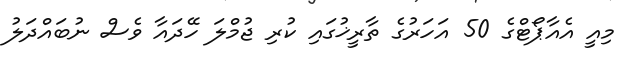
މިއީ އެއާޕޯޓްގެ 50 އަހަރުގެ ތާރީޚުގައި ކުރި ޖުމްލަ ހޭދައާ ވެސް ނުބައްދަލު